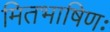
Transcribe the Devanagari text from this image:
मितभाषिणः